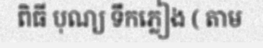
ពិធី បុណ្យ ទឹកភ្លៀង ( តាម